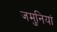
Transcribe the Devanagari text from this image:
जमुनियां